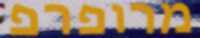
מרופרפ